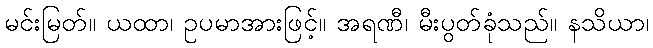
မင်းမြတ်။ ယထာ၊ ဥပမာအားဖြင့်။ အရဏီ၊ မီးပွတ်ခုံသည်။ နသိယာ၊